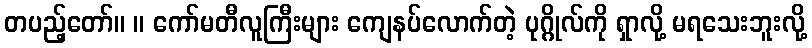
တပည့်တော်။ ။ ကော်မတီလူကြီးများ ကျေနပ်လောက်တဲ့ ပုဂ္ဂိုလ်ကို ရှာလို့ မရသေးဘူးလို့